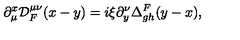
\partial _ { \mu } ^ { x } { \cal D } _ { F } ^ { \mu \nu } ( x - y ) = i \xi \partial _ { y } ^ { \nu } \Delta _ { g h } ^ { F } ( y - x ) ,